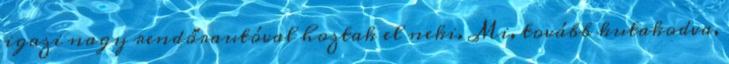
igazi nagy rendőr­autóval hoztak el neki. Mi, tovább kutakodva,